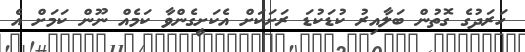
ހަރަދުގެ ގޮތުން ބަލާއިރު ކުޑަކުޑަ ރަށަކަށް އެކަށީގެންވާ ކަމެއް ނޫން ކަމަށް އެ